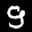
Label: 9